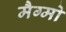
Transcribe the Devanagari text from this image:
मैग्मो